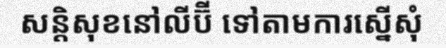
សន្តិសុខនៅលីប៊ី ទៅតាមការស្នើសុំ